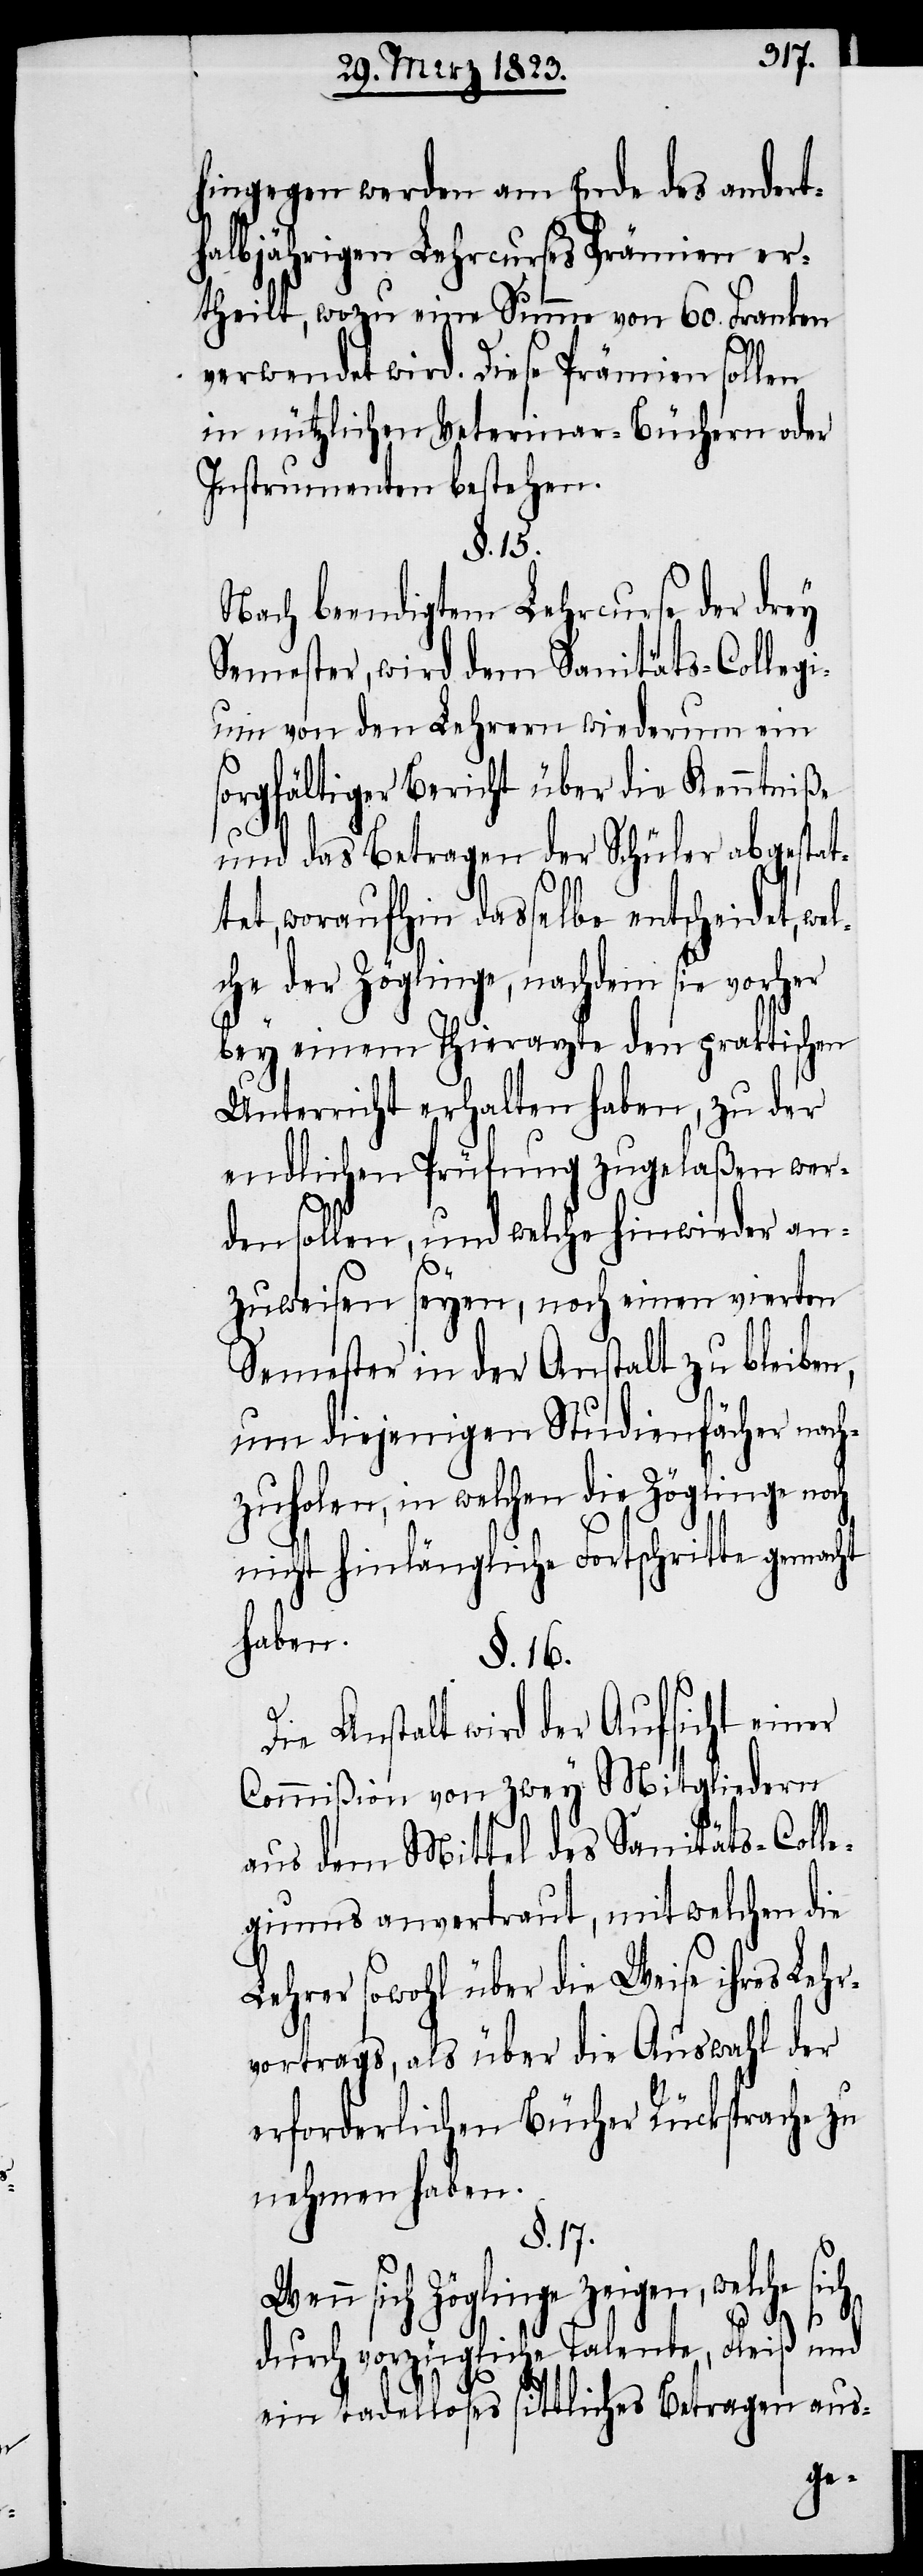
hingegen werden am Ende des andert¬
halbjährigen Lehrcurses Prämien er¬
theilt, wozu eine Summe von 60. Franken
verwendet wird. Diese Prämien sollen
in nützlichen Veterinar-Büchern oder
Instrumenten bestehen.
§. 15.
Nach beendigtem Lehrcurse der drey
Semester, wird dem Sanitäts-Collegi¬
um von den Lehrern wiederum ein
sorgfältiger Bericht über die Kenntniße
el¬
und das Betragen der Schüler abgestat¬
tet, woraufhin dasselbe entscheidet, w¬
che der Zöglinge, nachdem sie vorher
bey einem Thierarzte den praktischen
Unterricht erhalten haben, zu der
endlichen Prüfung zugelaßen wer¬
den sollen, und welche hinwieder an¬
zuweisen seyen, noch einen vierten
Semester in der Anstalt zu bleiben,
um diejenigen Studienfächer nach¬
zuholen, in welchen die Zöglinge noch
nicht hinlängliche Fortschritte gemacht
haben.
§. 16.
Die Anstalt wird der Aufsicht einer
Commißion von zwey Mitgliedern
aus dem Mittel des Sanitäts-Colle¬
giums anvertraut, mit welchen die
Lehrer sowohl über die Weise ihres Lehr¬
vortrags, als über die Auswahl der
erforderlichen Bücher Rücksprache zu
nehmen haben.
§. 17.
Wenn sich Zöglinge zeigen, welche sich
durch vorzügliche Talente, Fleiß und
ein tadelloses sittliches Betragen aus-